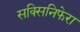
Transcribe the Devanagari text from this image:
सक्सिनिफेरा